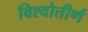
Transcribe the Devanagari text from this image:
विश्वोत्तीर्ण